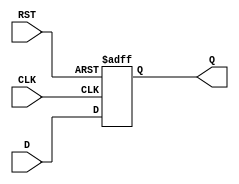
module StoreRegister #(
    parameter WIDTH = 8  // Parameter to define the width of the register
)(
    input  wire [WIDTH-1:0] D,    // Data Input
    input  wire CLK,                // Clock Input
    input  wire RST,                // Reset Input
    output reg  [WIDTH-1:0] Q       // Data Output
);

// Asynchronous reset with rising edge clocking
always @(posedge CLK or posedge RST) begin
    if (RST) begin
        Q <= {WIDTH{1'b0}}; // Reset the register to 0
    end else begin
        Q <= D; // Latch the input data
    end
end

endmodule